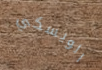
الويسكي